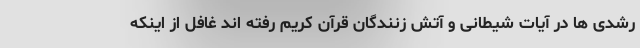
رشدی ها در آیات شیطانی و آتش زنندگان قرآن کریم رفته اند غافل از اینکه